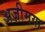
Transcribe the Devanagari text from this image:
अज़ीमया